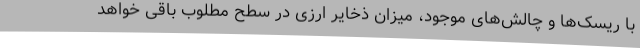
با ریسک‌ها و چالش‌های موجود، میزان ذخایر ارزی در سطح مطلوب باقی خواهد